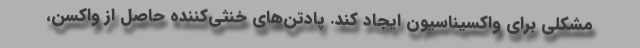
مشکلی برای واکسیناسیون ایجاد کند. پادتن‌های خنثی‌کننده حاصل از واکسن،